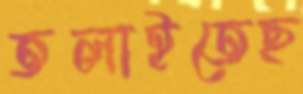
তলাইতেছ